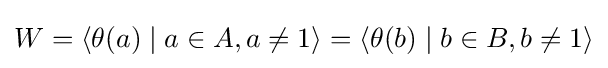
W=\langle \theta (a)\mid a\in A,a\neq 1\rangle =\langle \theta (b)\mid b\in B,b\neq 1\rangle